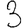
Digit: 3